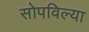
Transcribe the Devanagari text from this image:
सोपविल्या